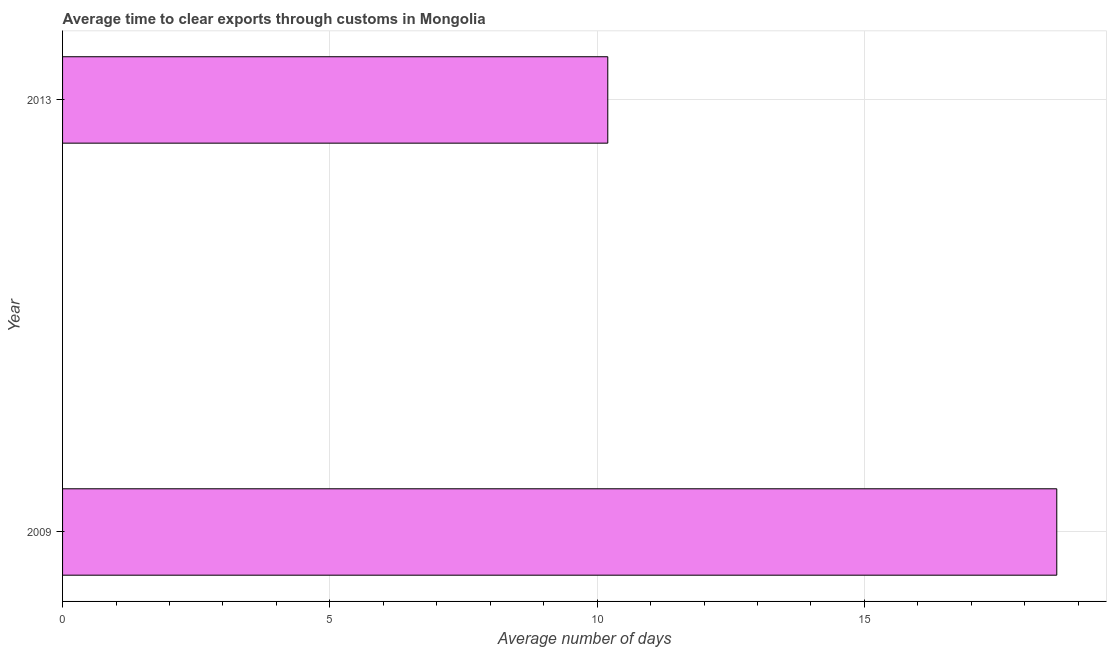
| Year | Time to clear exports through customs |
 | --- | --- |
 | 2009 | 18.6 |
 | 2013 | 10.2 |